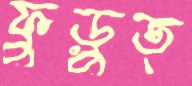
ফুড়ুত্